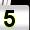
Digit: 5